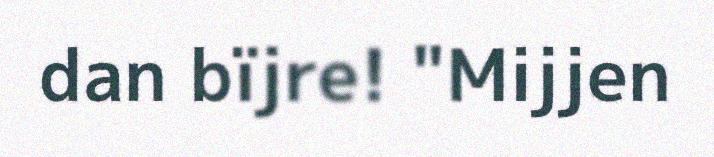
dan bïjre! "Mijjen